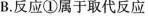
B.反应①属于取代反应